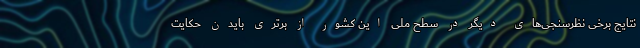
نتایج برخی نظر‌سنجی‌های دیگر در سطح ملی این کشور از برتری بایدن حکایت